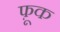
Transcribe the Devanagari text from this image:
फ़ूक